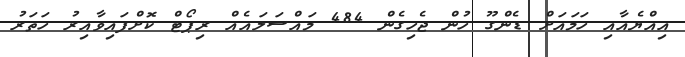
އިއްޔެއާއި ހަމައަށް ޑެންގޫ ހުން ޖެހިގެން 484 މައްސަލައެއް ރިޕޯޓް ކޮށްފައިވާއިރު ހަތަރު